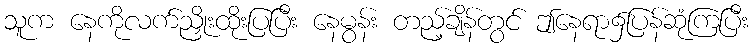
သူက နေကိုလက်ညှိုးထိုးပြပြီး နေမွန်း တည့်ချိန်တွင် ဤနေရာ၌ပြန်ဆုံကြပြီး